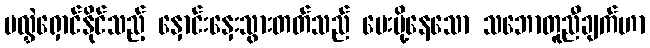
မလွှဲရှောင်နိုင်သည့် နှောင်းနှေးသွားတတ်သည် ပေးပို့နေသော သဘောတူညီချက်ဟာ